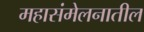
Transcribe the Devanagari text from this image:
महासंमेलनातील